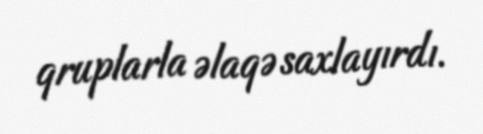
qruplarla əlaqə saxlayırdı.